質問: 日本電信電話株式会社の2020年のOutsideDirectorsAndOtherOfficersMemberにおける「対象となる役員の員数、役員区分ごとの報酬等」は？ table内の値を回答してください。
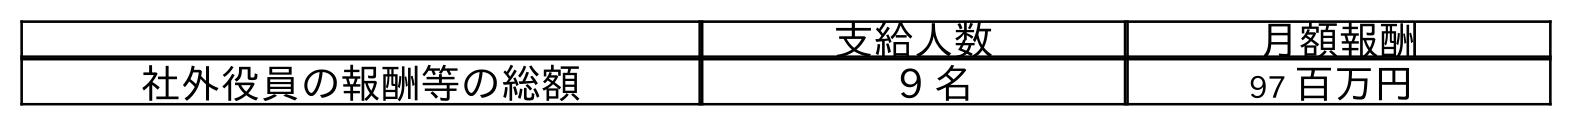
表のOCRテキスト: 支給人数 月額報酬 社外役員の報酬等の総額 9 名 97 百万円
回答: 9名